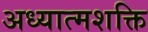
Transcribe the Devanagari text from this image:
अध्यात्मशक्ति